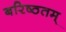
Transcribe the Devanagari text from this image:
बरिष्ठतम्